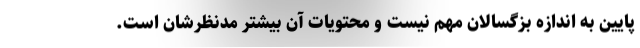
پایین به اندازه بزگسالان مهم نیست و محتویات آن بیشتر مدنظرشان است.